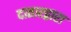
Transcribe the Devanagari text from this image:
दातारद्वारा